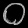
Digit: ၀